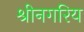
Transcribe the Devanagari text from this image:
श्रीनगरिय